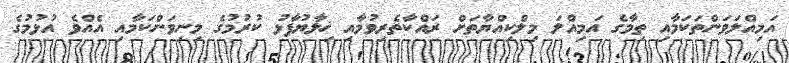
އަމިއްލަވަންތަކަމާއި ތިމާގެ އަމިއްލަ މިލްކިއްޔާތަށް ރައްކާތެރިވުމާއި ޚިލާޔުފާޅު ކުރުމުގެ މިނިވަންކަމާއި އެއްވެ އުޅުމުގެ